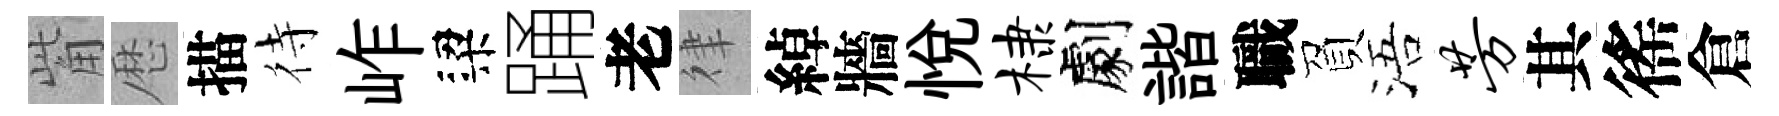
觜厯描待岞梁踊老律綽牆悦棣劇諧職負浯芳其徭倉